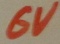
Text: 6V